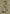
Text: 3